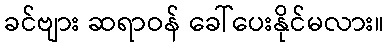
ခင်ဗျား ဆရာဝန် ခေါ်ပေးနိုင်မလား။